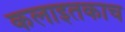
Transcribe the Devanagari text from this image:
कलाइतकाच